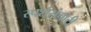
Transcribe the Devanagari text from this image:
स्पर्शसंचारी